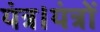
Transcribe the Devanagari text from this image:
यंत्र।यंत्रों